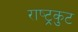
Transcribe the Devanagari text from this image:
राष्‍ट्रकुट